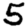
Digit: 5